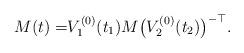
LaTeX: \begin{align*}M(t)=& V_1^{(0)}(t_1)M\big(V_2^{(0)}(t_2)\big)^{-\top}.\end{align*}